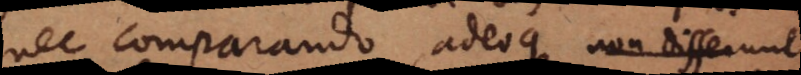
nec comparando, adeoque non differunt